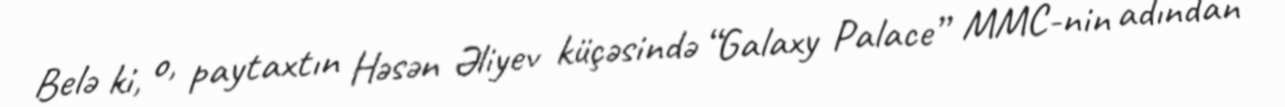
Belə ki, o, paytaxtın Həsən Əliyev küçəsində “Galaxy Palace” MMC-nin adından